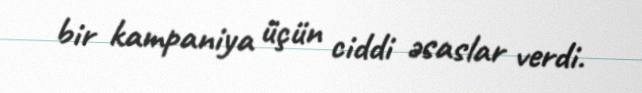
bir kampaniya üçün ciddi əsaslar verdi.